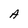
Character: A